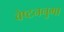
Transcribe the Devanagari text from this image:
वेष्टननुमा